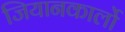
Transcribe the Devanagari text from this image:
जियानकार्लो